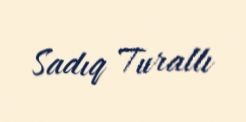
Sadıq Turallı